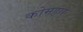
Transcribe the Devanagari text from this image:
कोमहार